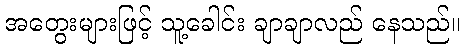
အတွေးများဖြင့် သူ့ခေါင်း ချာချာလည် နေသည်။